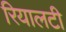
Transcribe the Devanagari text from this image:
रियालटी